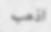
اذھب